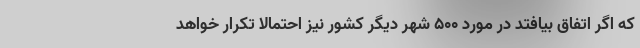
که اگر اتفاق بیافتد در مورد ۵۰۰ شهر دیگر کشور نیز احتمالاً تکرار خواهد